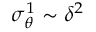
\sigma _ { \theta } ^ { 1 } \sim \delta ^ { 2 }